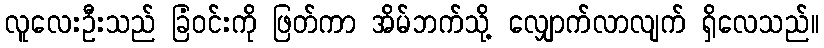
လူလေးဦးသည် ခြံဝင်းကို ဖြတ်ကာ အိမ်ဘက်သို့ လျှောက်လာလျက် ရှိလေသည်။